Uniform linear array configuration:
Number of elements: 32
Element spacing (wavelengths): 0.75
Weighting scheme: cosine
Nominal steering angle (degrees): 60
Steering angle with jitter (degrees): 58.931
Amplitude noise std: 0.05
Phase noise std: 0.05

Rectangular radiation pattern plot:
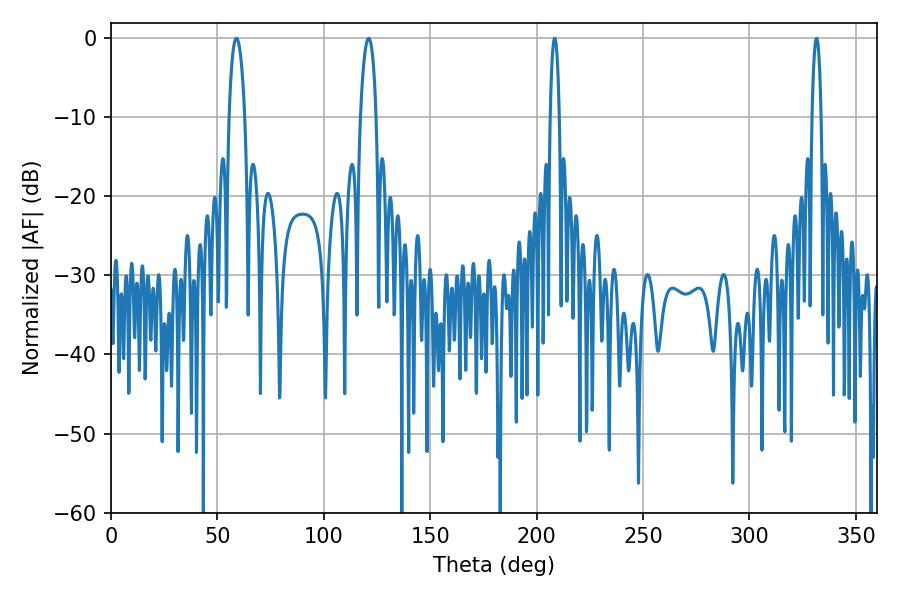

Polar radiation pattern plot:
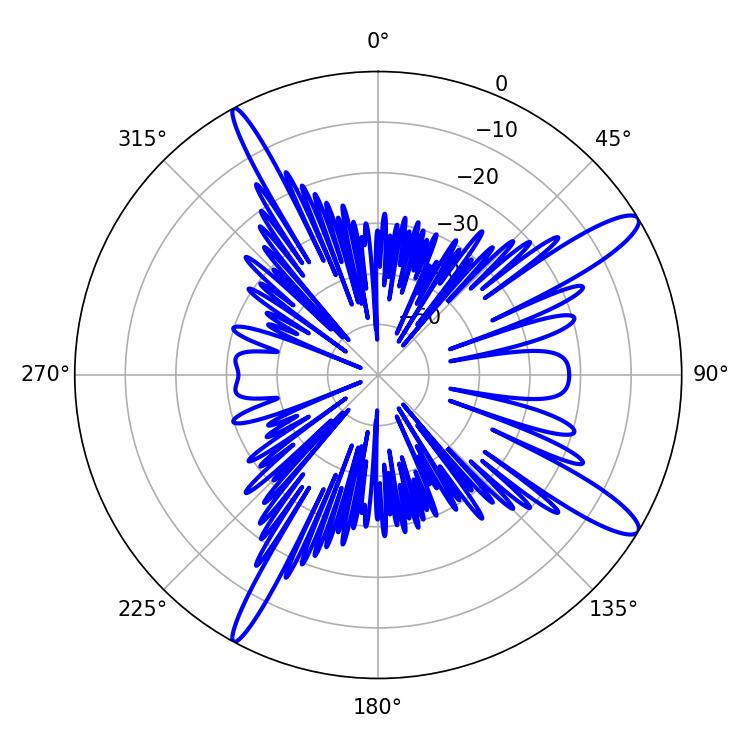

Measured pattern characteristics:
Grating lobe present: TRUE
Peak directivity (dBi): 13.23
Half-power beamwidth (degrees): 2.34
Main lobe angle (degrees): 208.44